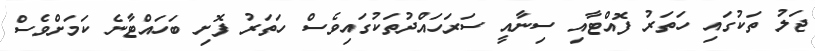
ޖަލު ތަކުގައި ހަތަރު ފޮއްޓާއި ސިނާއީ ސަރަހައްދުތަކުގައިވެސް ހަތަރު ފޮށި ބަހައްޓާނެ ކަަމަށްވެސް